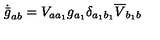
\dot { \bar { g } } _ { a b } = V _ { a a _ { 1 } } g _ { a _ { 1 } } \delta _ { a _ { 1 } b _ { 1 } } \overline { { V } } _ { b _ { 1 } b }